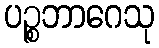
ပဉ္စဘာဂေသု